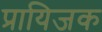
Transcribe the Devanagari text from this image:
प्रायिजक